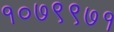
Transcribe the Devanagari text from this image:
१०७९९७१